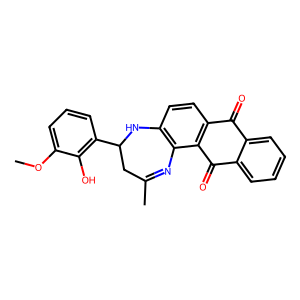
SMILES: COc1cccc(C2CC(C)=Nc3c(ccc4c3C(=O)c3ccccc3C4=O)N2)c1O
Inhibits HIV replication: No